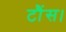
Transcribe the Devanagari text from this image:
टौंस।